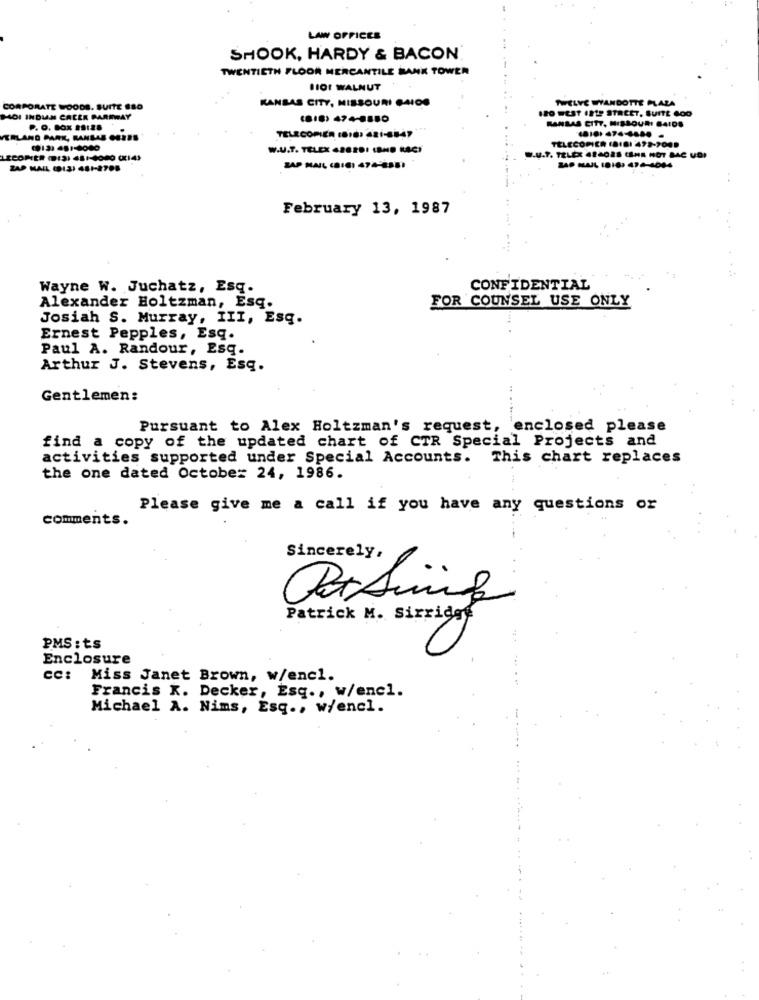
LAW OFFICES
SHOOK, HARDY & BACON
TWENTIETH FLOOR MERCANTILE BANK TOWER
BIO1 WALNUT
KANSAS CITY, MISSOURI $4IOS
TWELVE WYANDOTTE PLAZA
CORPORATE WOODS. SUITE 880
SBO WEST 1219 STREET, SUITE 600
MOI INDIAN CREEK PARKWAY
KANSAS CITY, MISSOURI 64IDS
P. O. BOX #9:28
TELECOPIER (BIO) ARI-8BAD !!
TRLAND PARK, KANLAS CEESS
w.U.T. TELEX 4282DI (BHD MACY
TELECOPIER (BIBI 492-2009
I.U.T. TELEX 424028 (IHR HOT MAC UDI
ZAP MAIL (131 481-2788
ZAP MAIL (BICI 474-81
ZAP MAIL (DIG: 474-1044
..
February 13, 1987
...
Wayne W. Juchatz, Esq.
CONFIDENTIAL
FOR COUNSEL USE ONLY
Alexander Holtzman, Esq.
Josiah S. Murray, III, Esq.
Ernest Pepples, Esq.
Paul A. Randour, Esq.
Arthur J. Stevens, Esq.
Gentlemen:
Pursuant to Alex Holtzman's request, enclosed please
find a copy of the updated chart of CTR Special Projects and
activities supported under Special Accounts. This chart replaces
the one dated October 24, 1986.
Please give me a call if you have any questions or
comments.
Sincerely,
Patrick M. Sirridge
PMS: ts
Enclosure
CC:
Miss Janet Brown, w/enc1.
Francis K. Decker, Esq ., w/enc1.
Michael A. Nims, Esq ., w/encl.